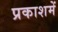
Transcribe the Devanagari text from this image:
प्रकाशमें